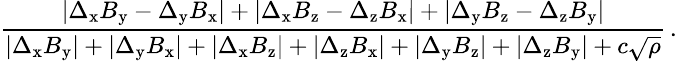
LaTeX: \small\frac{\left|\Delta_{\mathrm{x}}B_{\mathrm{y}}-\Delta_{\mathrm{y}}B_{\mathrm{x}}\right|+\left|\Delta_{\mathrm{x}}B_{\mathrm{z}}-\Delta_{\mathrm{z}}B_{\mathrm{x}}\right|+\left|\Delta_{\mathrm{y}}B_{\mathrm{z}}-\Delta_{\mathrm{z}}B_{\mathrm{y}}\right|}{\left|\Delta_{\mathrm{x}}B_{\mathrm{y}}\right|+\left|\Delta_{\mathrm{y}}B_{\mathrm{x}}\right|+\left|\Delta_{\mathrm{x}}B_{\mathrm{z}}\right|+\left|\Delta_{\mathrm{z}}B_{\mathrm{x}}\right|+\left|\Delta_{\mathrm{y}}B_{\mathrm{z}}\right|+\left|\Delta_{\mathrm{z}}B_{\mathrm{y}}\right|+c\sqrt{\rho}}\, .